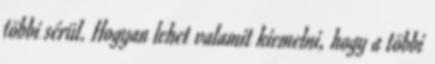
többi sérül. Hogyan lehet valamit kiemelni, hogy a többi